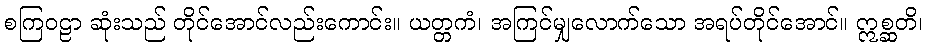
စကြဝဠာ ဆုံးသည် တိုင်အောင်လည်းကောင်း။ ယတ္တကံ၊ အကြင်မျှလောက်သော အရပ်တိုင်အောင်။ ဣစ္ဆတိ၊